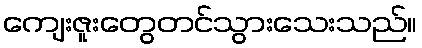
ကျေးဇူးတွေတင်သွားသေးသည်။